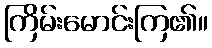
ကြိမ်းမောင်းကြ၏။